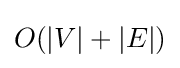
O(\vert V\vert +\vert E\vert )